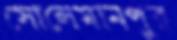
সোলেমানপুর